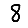
Digit: 8